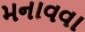
મનાવવા